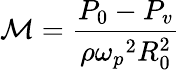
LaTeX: {\cal M}=\frac{P_{0}-P_{v}}{\rho{\omega_{p}}^{2}R_{0}^{2}}